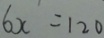
6 x = 1 2 0